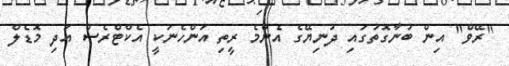
"ރޭވް" އިން ބުނާގޮތުގައި ދުނިޔޭގެ އެންމެ ރީތި އަންހެނަކީ އެކްޓްރެސް އަދި މޮޑެލް